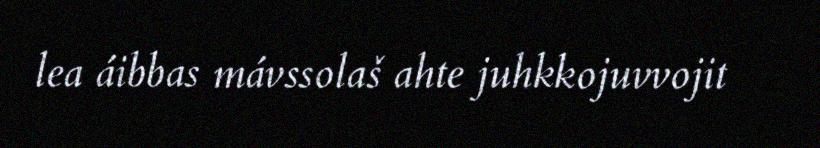
lea áibbas mávssolaš ahte juhkkojuvvojit